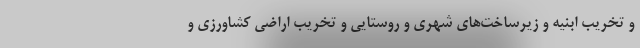
و تخریب ابنیه و زیرساخت‌های شهری و روستایی و تخریب اراضی کشاورزی و